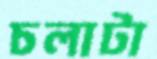
চলাটা